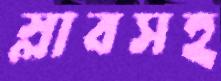
স্লাবসহ